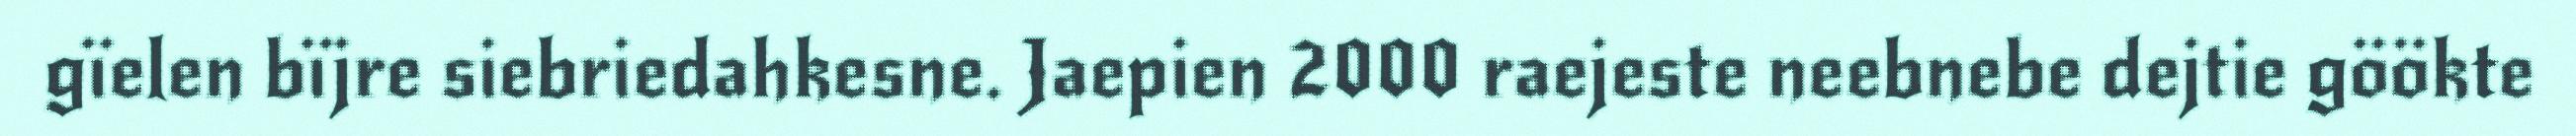
gïelen bïjre siebriedahkesne. Jaepien 2000 raejeste neebnebe dejtie göökte